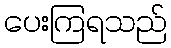
ပေးကြရသည်